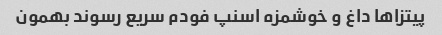
پیتزاها داغ و خوشمزه اسنپ فودم سریع رسوند بهمون